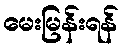
မေးမြန်းရန်